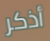
أذكر